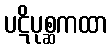
ပဋိပုစ္ဆကထာ